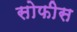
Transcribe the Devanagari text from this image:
सोफीस